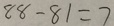
8 8 - 8 1 = 7